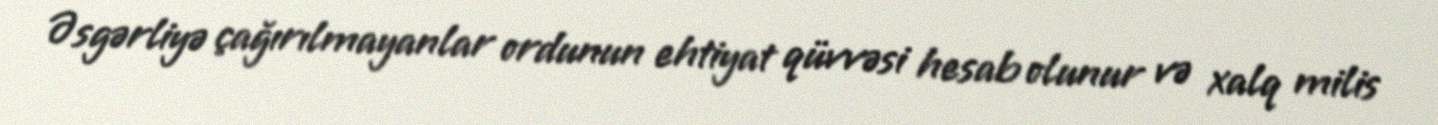
Əsgərliyə çağırılmayanlar ordunun ehtiyat qüvvəsi hesab olunur və xalq milis